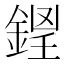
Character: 𨧵